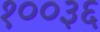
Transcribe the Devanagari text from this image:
१००३६